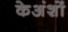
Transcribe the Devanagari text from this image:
केअंशों